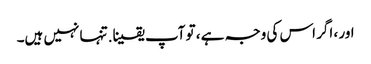
اور ، اگر اس کی وجہ ہے ، تو آپ یقینا. تنہا نہیں ہیں۔